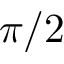
\pi / 2